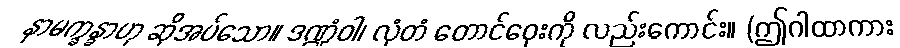
နာမက္ခန္ခာဟု ဆိုအပ်သော။ ဒဏ္ဍံဝါ၊ လှံတံ တောင်ဝှေးကို လည်းကောင်း။ (ဤဂါထာကား